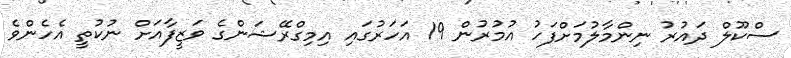
ސްކޫލް ދައުރު ނިންމާލުމަށްފަހު އުމުރުން 19 އަހަރުގައި އިމިގްރޭޝަންގެ ވަޒީފާއަށް ނުކުތީ އެހެންވެ